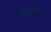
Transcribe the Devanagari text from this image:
शंकूमध्ये